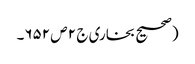
(صحیح بخاری ج ٢ ص ٦٥٢۔